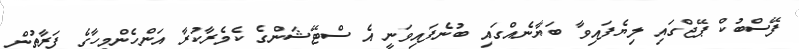
ފޭސްބުކް ޕޭޖްގައި ލިޔެފައިވާ ބަޔާނެއްގައި ބުނެފައިވަނީ އެ ސްޓޭޝަންގެ ކެމެރާކުރާ އަންހެންމީހާގެ ފަރާތުން